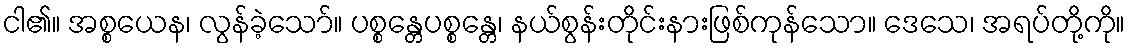
ငါ၏။ အစ္စယေန၊ လွန်ခဲ့သော်။ ပစ္စန္တေပစ္စန္တေ၊ နယ်စွန်းတိုင်းနားဖြစ်ကုန်သော။ ဒေသေ၊ အရပ်တို့ကို။